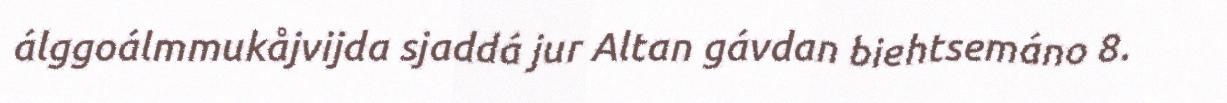
álggoálmmukåjvijda sjaddá jur Altan gávdan biehtsemáno 8.